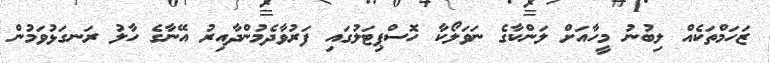
ޒަހަމްތަކެއް ލިބުނު މީހާއަށް ލަންކާގެ ނަވަލޯކާ ހޮސްޕިޓަލުގައި ފަރުވާދެމުންދާއިރު އޭނާގެ ހާލު ރަނގަޅުވަމުން